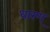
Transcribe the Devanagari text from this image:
धारण्